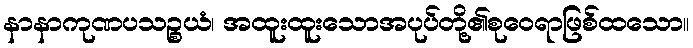
နာနာကုဏပသဉ္စယံ၊ အထူးထူးသောအပုပ်တို့၏စုဝေရာဖြစ်ထသော။